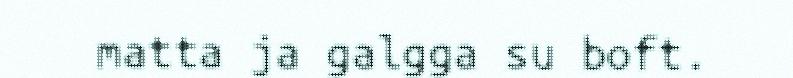
matta ja galgga su boft.